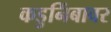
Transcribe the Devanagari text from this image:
कडुनिंबावर